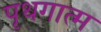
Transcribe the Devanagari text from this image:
पृथगात्म